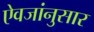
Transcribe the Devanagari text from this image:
ऐवजांनुसार